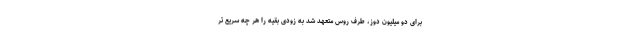
برای دو میلیون دوز، طرف روس متعهد شد به زودی بقیه را هر چه سریع تر